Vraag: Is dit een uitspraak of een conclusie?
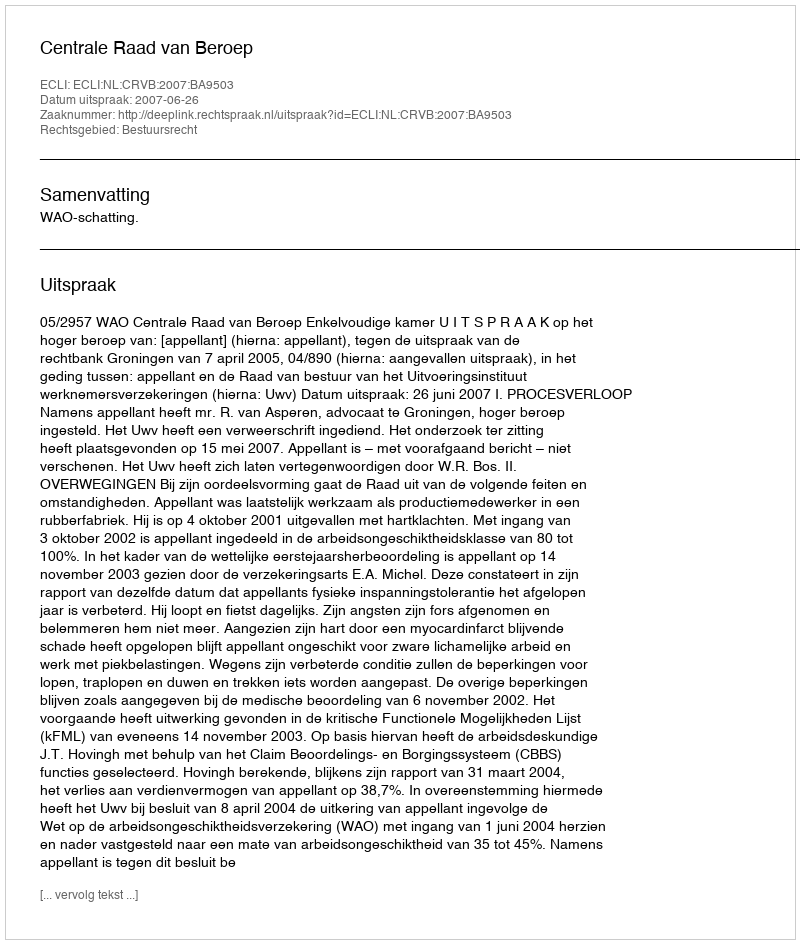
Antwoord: Uitspraak